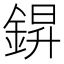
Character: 𮢆